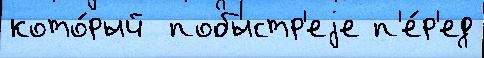
кото́рый  побыстр'еjе п'е́р'ед